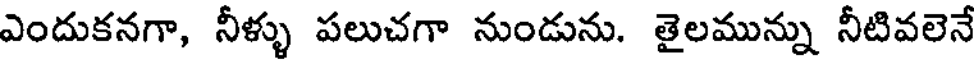
ఎందుకనగా, నీళ్ళు పలుచగా నుండును. తైలమున్ను నీటివలెనే